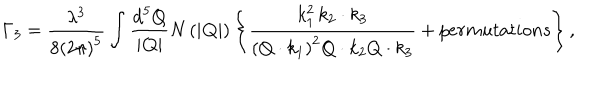
\Gamma _ { 3 } = \frac { \lambda ^ { 3 } } { 8 \left( 2 \pi \right) ^ { 5 } } \int \frac { \mathrm { d } ^ { 5 } Q } { | { \bf Q } | } N \left( | { \bf Q } | \right) \left\{ \frac { k _ { 1 } ^ { 2 } \, k _ { 2 } \cdot k _ { 3 } } { \left( Q \cdot k _ { 1 } \right) ^ { 2 } Q \cdot k _ { 2 } Q \cdot k _ { 3 } } + p e r m u t a t i o n s \right\} ,